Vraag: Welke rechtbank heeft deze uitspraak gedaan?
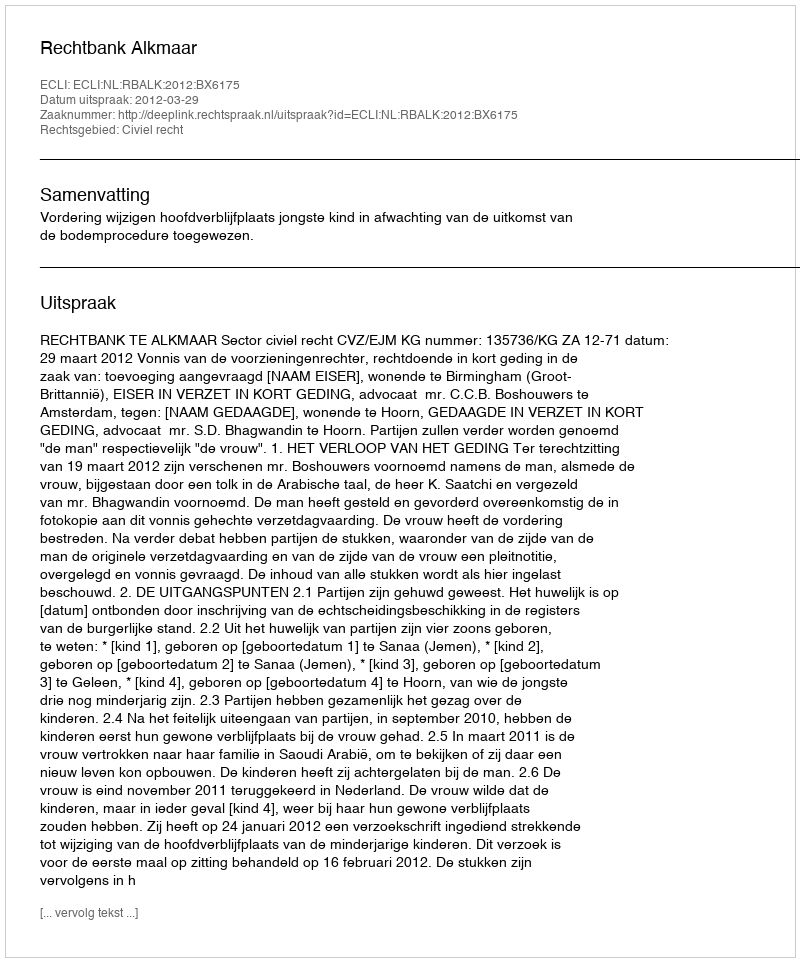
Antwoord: Rechtbank Alkmaar